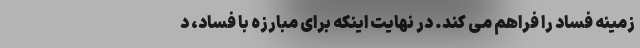
زمینه فساد را فراهم می کند. در نهایت اینکه برای مبارزه با فساد، د